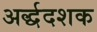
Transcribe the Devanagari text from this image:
अर्द्धदशक